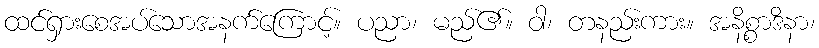
ထင်ရှားစေအပ်သောအနက်ကြောင့်။ ပညာ၊ မည်၏။ ဝါ၊ တနည်းကား။ အနိစ္စာဒိနာ၊